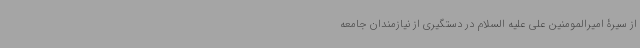
از سیرۀ امیرالمومنین علی علیه السلام در دستگیری از نیازمندان جامعه